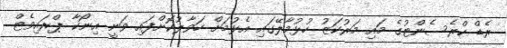
ރެޑް ކްރެސެންޓުގެ މައި މަރުކަޒު ހުޅުމާލޭގައި އެޅުމަށް ހަވާލުކޮށްފައި ވަނީ އިނޯކާ ޕްރައިވެޓް